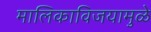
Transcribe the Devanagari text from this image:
मालिकाविजयामुळे